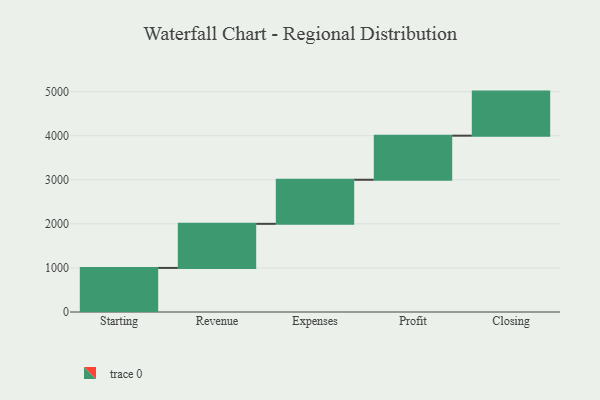
{"axis": {"x": "Step", "y": "Value"}, "legend": [""], "data": [{"x": "Starting", "y": 1000, "type": ""}, {"x": "Revenue", "y": 1000, "type": ""}, {"x": "Expenses", "y": 1000, "type": ""}, {"x": "Profit", "y": 1000, "type": ""}, {"x": "Closing", "y": 1000, "type": ""}]}